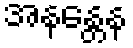
အနန္တေန